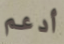
أدعم